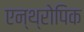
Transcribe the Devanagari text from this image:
एन्थ्रोपिक